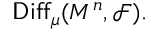
\mathsf { D i f f } _ { \mu } ( M ^ { n } , { \mathcal F } ) .